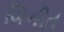
બિનીત